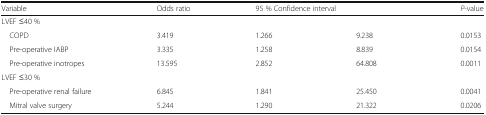
<table><thead><tr><td><b>Variable</b></td><td><b>Odds ratio</b></td><td colspan="2"><b>95 % Confidence interval</b></td><td><b><i>P</i>-value</b></td></tr></thead><tbody><tr><td colspan="5">LVEF ≤40 %</td></tr><tr><td> COPD</td><td>3.419</td><td>1.266</td><td>9.238</td><td>0.0153</td></tr><tr><td> Pre-operative IABP</td><td>3.335</td><td>1.258</td><td>8.839</td><td>0.0154</td></tr><tr><td> Pre-operative inotropes</td><td>13.595</td><td>2.852</td><td>64.808</td><td>0.0011</td></tr><tr><td colspan="5">LVEF ≤30 %</td></tr><tr><td> Pre-operative renal failure</td><td>6.845</td><td>1.841</td><td>25.450</td><td>0.0041</td></tr><tr><td> Mitral valve surgery</td><td>5.244</td><td>1.290</td><td>21.322</td><td>0.0206</td></tr></tbody></table>